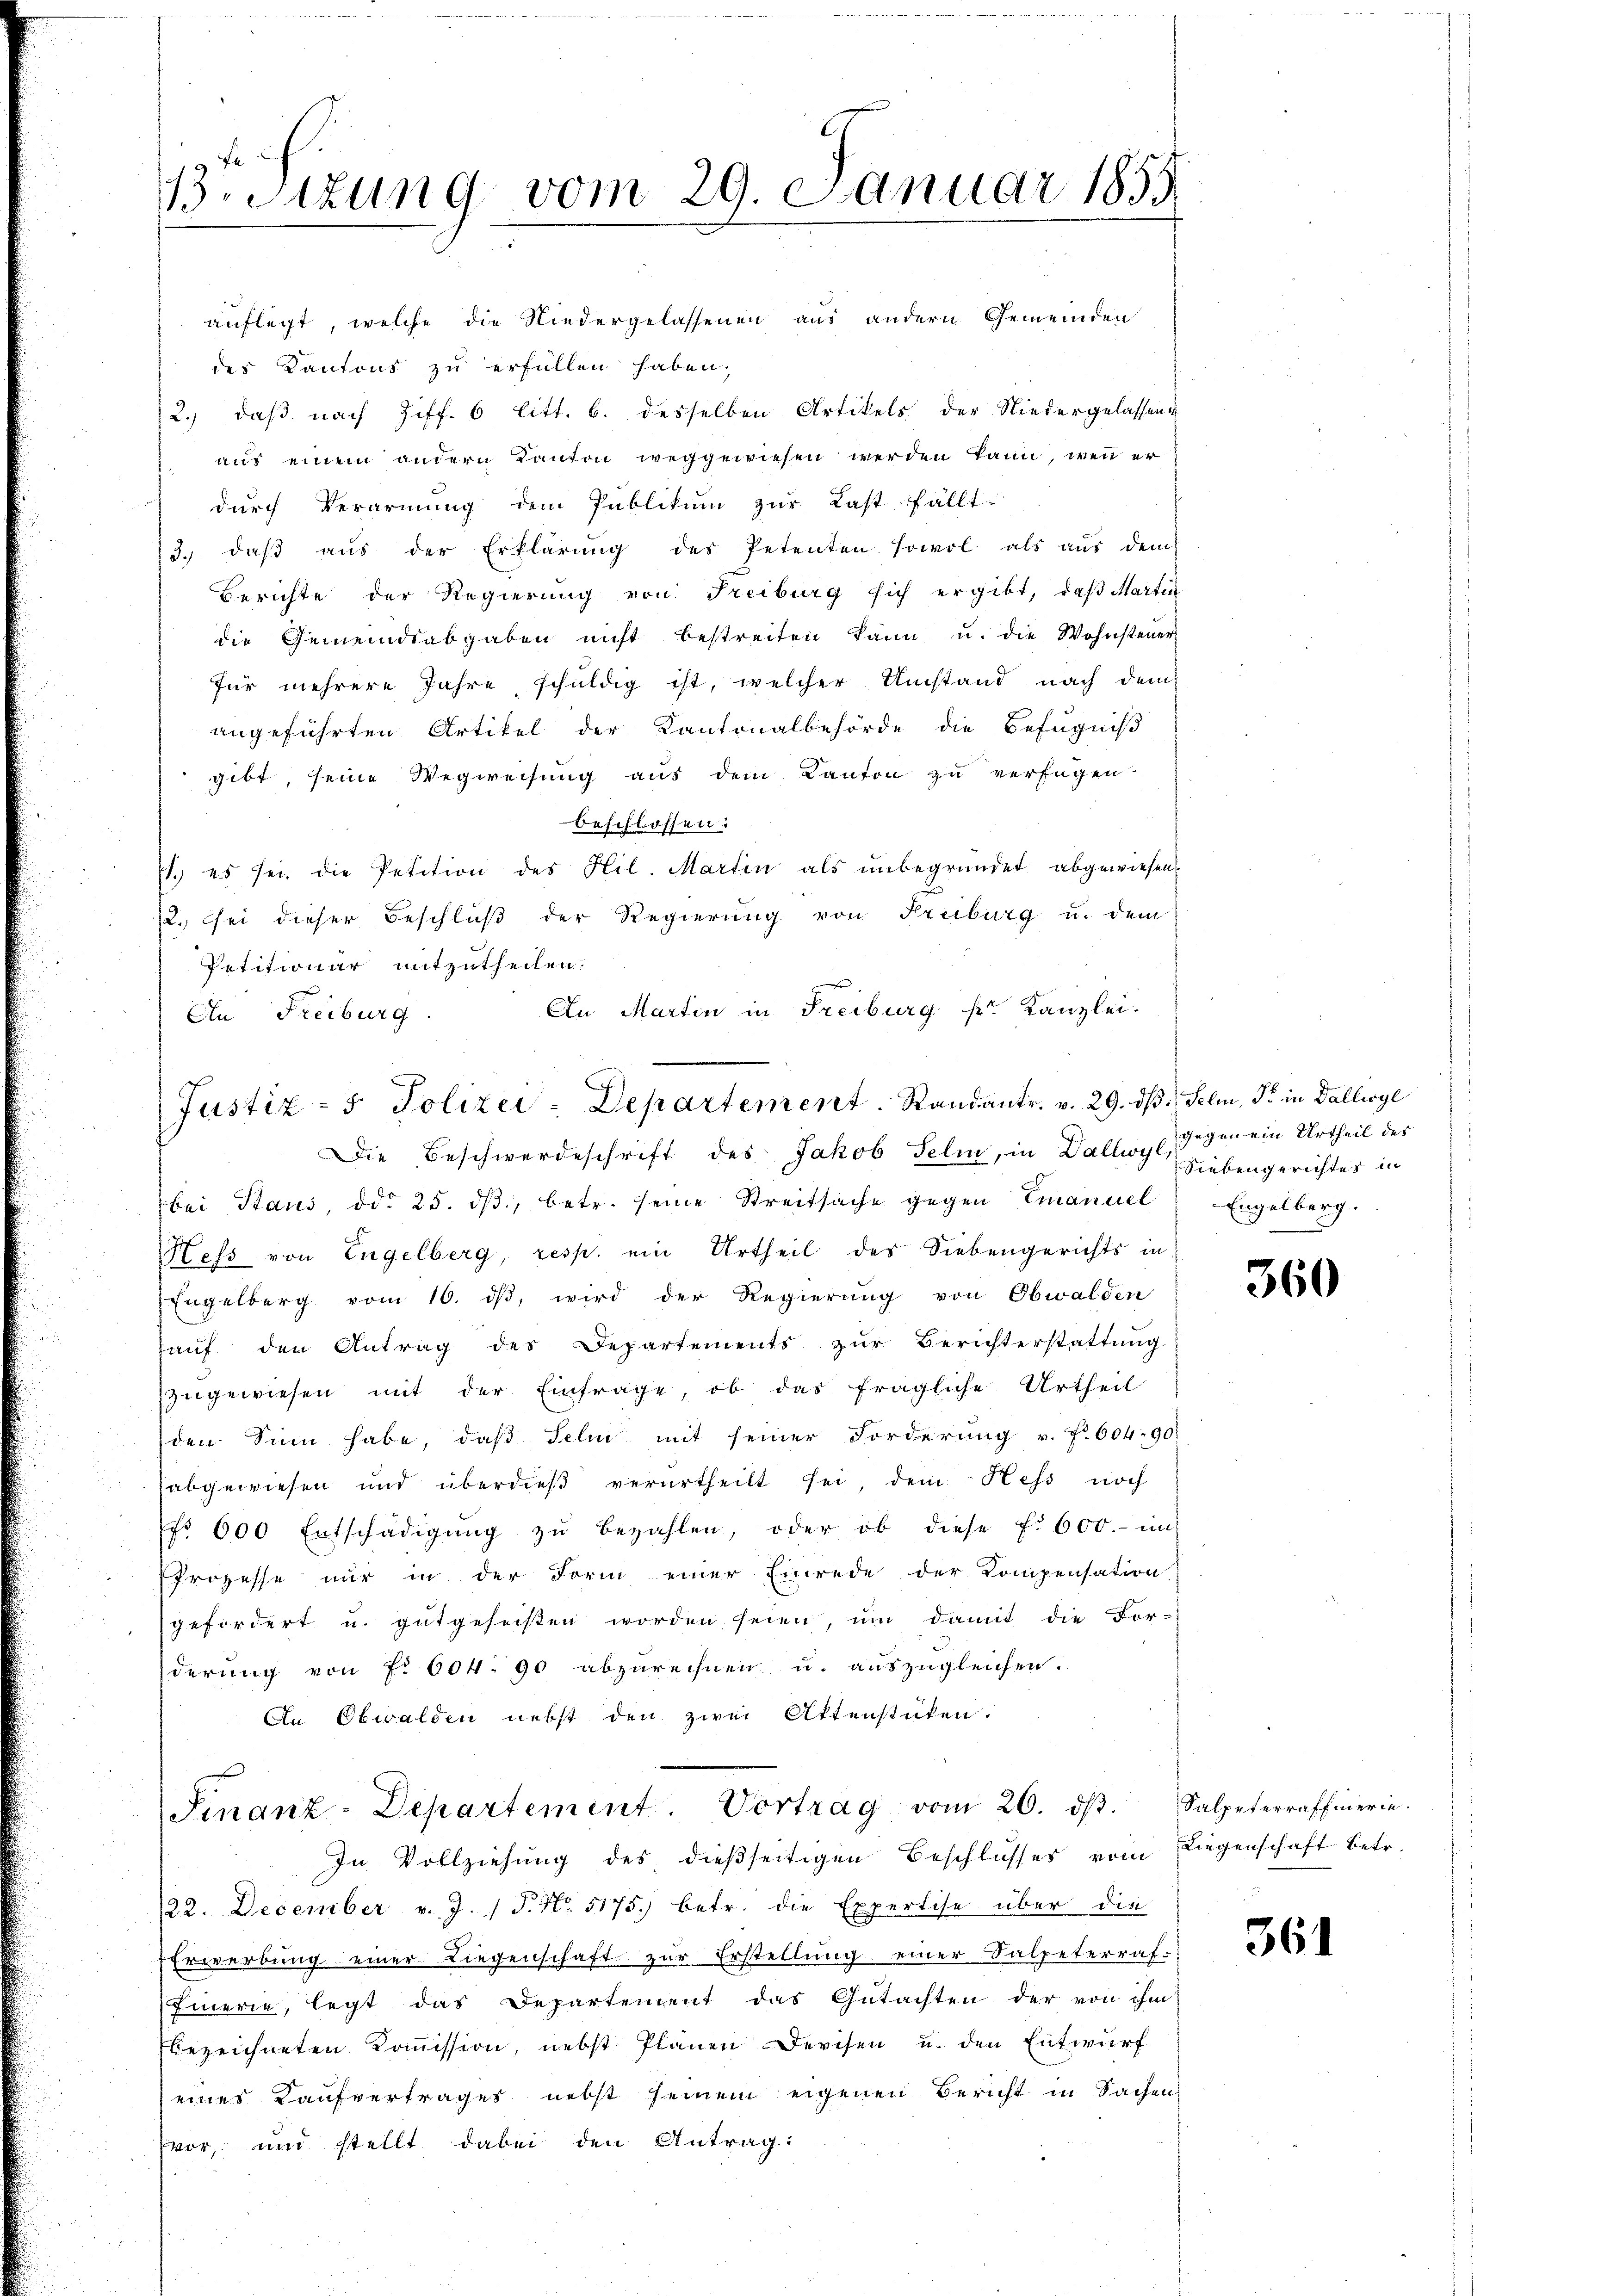
13. Sitzung vom 29. Januar 1855

auflegt, welche die Niedergelassenen aus andern Gemeinden
des Kantons zu erfüllen haben,
2.) daß nach Ziff. 6 litt. b. desselben Artikels der Niedergelassens
aus einem andern Kanton weggewiesen werden kann, wenn er
durch Verarmung dem Publikum zur Last fällt.
3.) daß aus der Erklärung des Petenten sowol als aus dem
Berichte der Regierung von Freiburg sich ergibt, daß Martin
die Gemeindsabgaben nicht bestreiten kann u. die Wohnsteuer
für mehrere Jahre schuldig ist, welcher Umstand nach dem
angeführten Artikel der Kantonalbehörde die Befugniß
gibt, seine Wegweisung aus dem Kanton zu verfügen.
beschlossen:
71. es sei die Petition des Hil. Martin als unbegründet abgewiesen.
2., sei dieser Beschluß der Regierung von Freiburg u. dem
Petitionar mitzutheilen.
An Martin in Freiburg pr. Kanzlei.
An Freiburg

Justiz- & Polizei-Departement. Randantr. v. 29. dβ. Seli, S. in Dallwyl
Die Beschwerdeschrift des Jakob Feli, in Dallwyl,

bei Staus, ddo 25. dβ, betr. seine Streitsache gegen Emanuel Engelberg.
Hess von Engelberg, resp. ein Urtheil des Siebengerichts in
Engelberg vom 10. ds, wird der Regierung von Obwalden
aŭf den Antrag des Departements zŭr Berichterstattŭng
zugewiesen mit der Einfrage, ob das fragliche Urtheil
den Sinn habe, daβ Selin mit seiner Forderung u. f. 604. 90.
abgewiesen und überdieβ verurtheilt sei, dem Hess noch
NNo. 600 Entschädigŭng zŭ bezahlen, oder ob diese f. 600.- in
Prozesse nur in der Form einer Einrede der Kompensation
gefordert u. gutgeheisten worden seien, um damit die For-
derung von Fr. 604. 90 abzurechnen u. auszugleichen.
An Obwalden nebst den zwei Aktenstüken.
Finanz-Departement. Vortrag vom 26. dβ. Salpeterraffinerin.
In Vollziehung des dießseitigen Beschlusses vom Liegenschaft betr.
122. December v. J. P. No. 5175) betr. die Expertise über die
Erwerbung einer Liegenschaft zur Erstellung einer Salpeterraf-
Einerie, legt das Departement das Gutachten der von ihm
Ebezeichneten Kommission, nebst Plänen Devisen u. den Entwurf
eines Kaufvertrages nebst seinem eigenen Bericht in Sachen
vor, und stellt, dabei den Antrag:

gegen ein Urtheil des
Siebengerichtes in

360

361